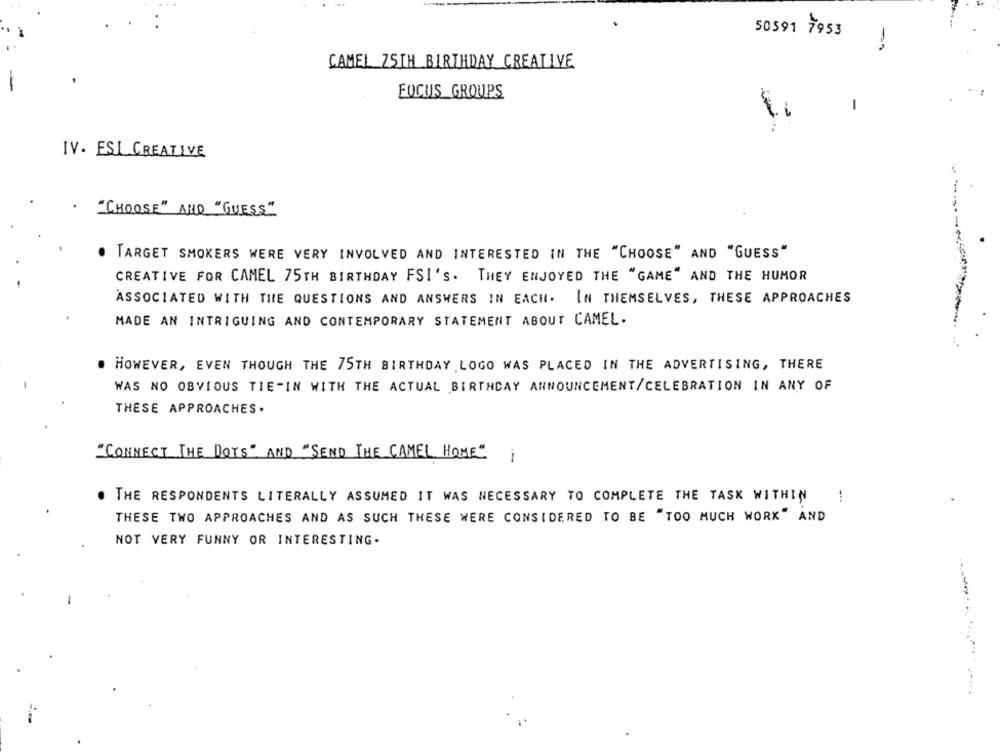
...
50591 7953
CAMEL 75TH BIRTHDAY CREATIVE
FOCUS GROUPS
-
IV. ESI CREATIVE
"CHOOSE" AND "GUESS"
. TARGET SMOKERS WERE VERY INVOLVED AND INTERESTED IN THE "CHOOSE" AND "GUESS"
CREATIVE FOR CAMEL 75TH BIRTHDAY FSI'S. THEY ENJOYED THE "GAME" AND THE HUMOR
ASSOCIATED WITH THE QUESTIONS AND ANSWERS IN EACH. IN THEMSELVES, THESE APPROACHES
MADE AN INTRIGUING AND CONTEMPORARY STATEMENT ABOUT CAMEL.
HOWEVER, EVEN THOUGH THE 75TH BIRTHDAY LOGO WAS PLACED IN THE ADVERTISING, THERE
WAS NO OBVIOUS TIE-IN WITH THE ACTUAL BIRTHDAY ANNOUNCEMENT/CELEBRATION IN ANY OF
THESE APPROACHES .
"CONNECT THE DOTS"AND "SEND THE CAMEL HOME"
. THE RESPONDENTS LITERALLY ASSUMED IT WAS NECESSARY TO COMPLETE THE TASK WITHIN
-
THESE TWO APPROACHES AND AS SUCH THESE WERE CONSIDERED TO BE "TOO MUCH WORK" AND
NOT VERY FUNNY OR INTERESTING.
----........... .....